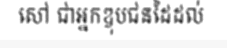
សៅ ជាអ្នកឌុបជនដៃដល់